Report on the working of the mental hospitals for Indians in Bihar and Orissa - 1925-1929
Year: 1925
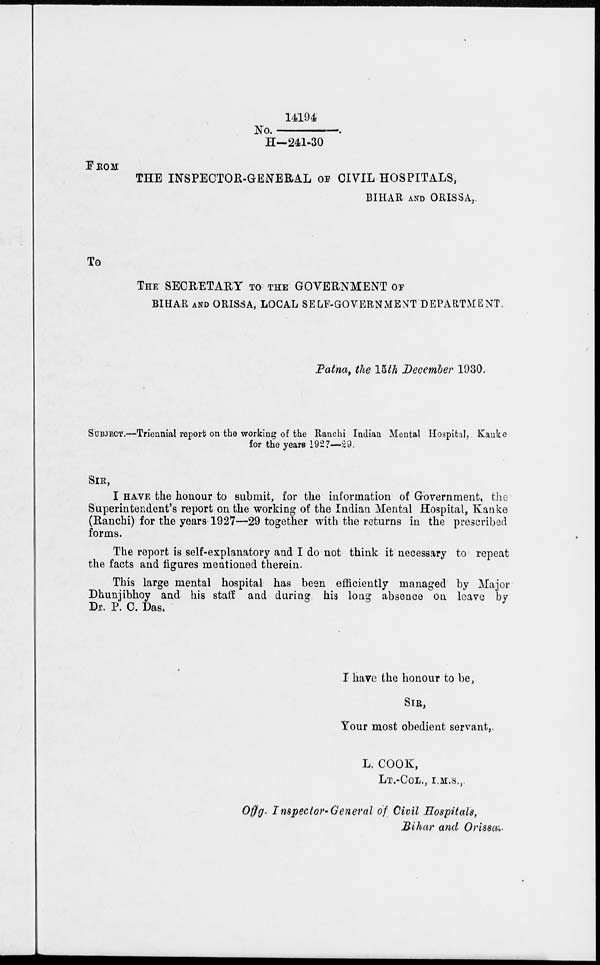
No. 14194/H-241-30.
FROM
THE INSPECTOR-GENERAL OF CIVIL HOSPITALS,
BIHAR AND ORISSA,
To
THE SECRETARY TO THE GOVERNMENT OF
BIHAR AND ORISSA, LOCAL SELF-GOVERNMENT DEPARTMENT.
Patna, the 15th December 1930.
SUBJECT.—Triennial report on the working of the Ranchi Indian Mental Hospital, Kanke
for the years 1927—29.
SIR,
I HAVE the honour to submit, for the information of Government, the
Superintendent's report on the working of the Indian Mental Hospital, Kanke
(Ranchi) for the years 1927—29 together with the returns in the prescribed
forms.
The report is self-explanatory and I do not think it necessary to repeat
the facts and figures mentioned therein.
This large mental hospital has been efficiently managed by Major
Dhunjibhoy and his staff and during his long absence on leave by
Dr. P. C. Das.
I have the honour to be,
SIR,
Your most obedient servant,
L. COOK,
LT.-COL., I.M.S.,
Of f g. Inspector-General of Civil Hospitals,
Bihar and Orissa.